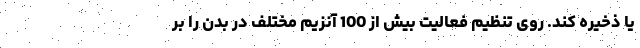
یا ذخیره کند. روی تنظیم فعالیت بیش از 100 آنزیم مختلف در بدن را بر